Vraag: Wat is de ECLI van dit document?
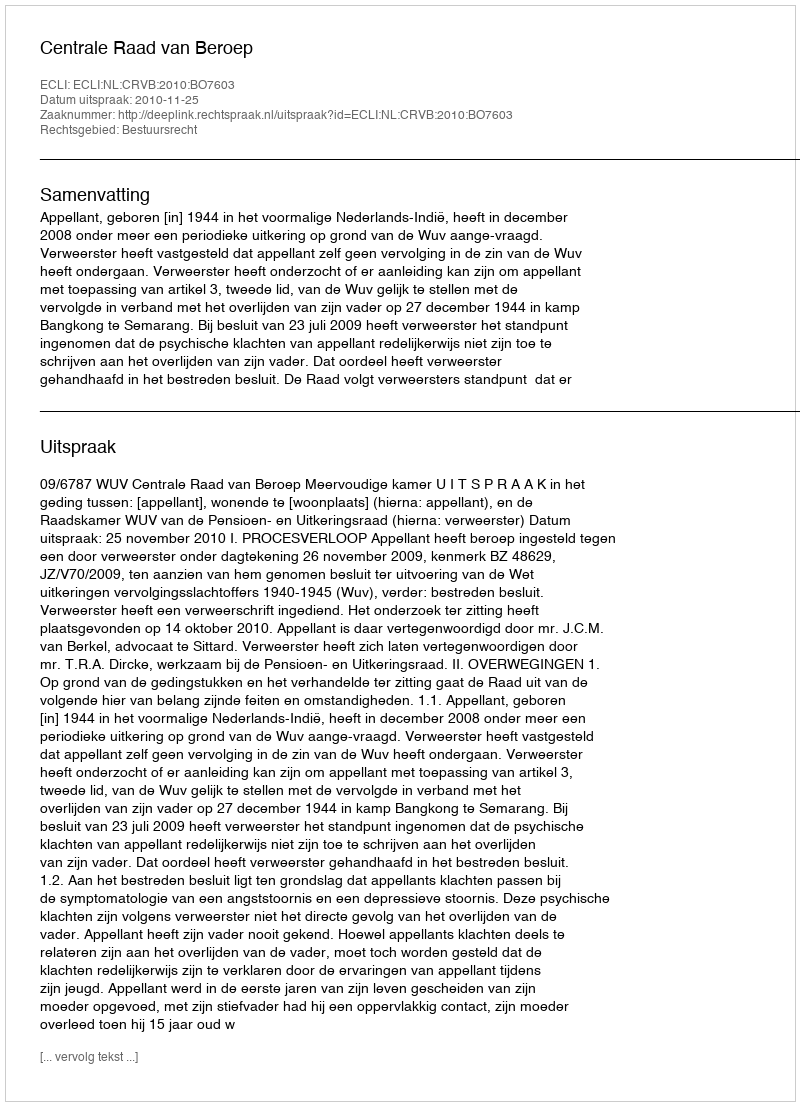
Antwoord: ECLI:NL:CRVB:2010:BO7603